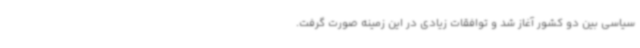
سیاسی بین دو کشور آغاز شد و توافقات زیادی در این زمینه صورت گرفت.